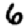
Digit: 6